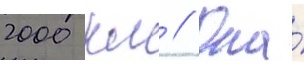
2000 км // Она́